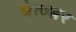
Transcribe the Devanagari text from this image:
पेत्ज्श्नर